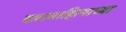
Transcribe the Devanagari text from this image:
बालसाहित्याच्या